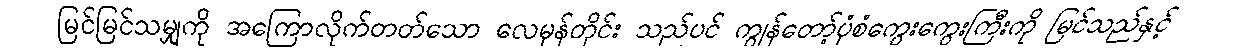
မြင်မြင်သမျှကို အကြောလိုက်တတ်သော လေမုန်တိုင်း သည်ပင် ကျွန်တော့်ပုံစံကွေးကွေးကြီးကို မြင်သည်နှင့်